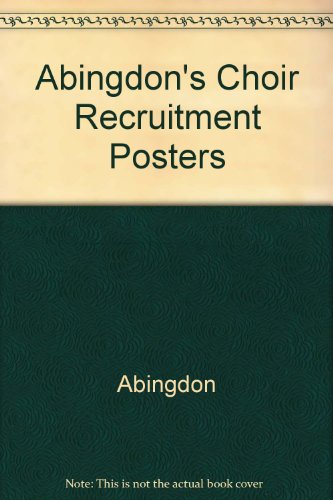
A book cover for Abingdon Choir Recruitment Posters; Abingdon; Christian Books & Bibles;